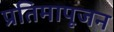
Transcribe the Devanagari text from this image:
प्रतिमापूजन